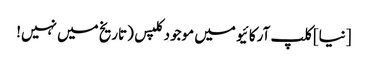
[نیا] کلپ آرکائیو میں موجود کلپس (تاریخ میں نہیں!